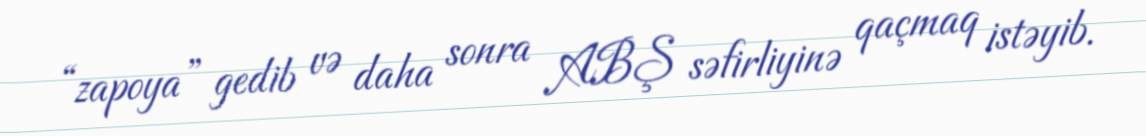
“zapoya” gedib və daha sonra ABŞ səfirliyinə qaçmaq istəyib.